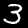
Label: 3